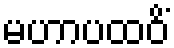
မဟာပထဝိံ